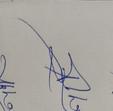
Signature authenticity: genuine